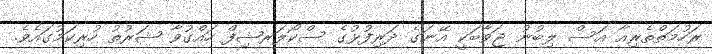
ރަހުމަތްތެރިއާ އަސް ލިބުނު ޖަވާބަކީ އޭނަގެ ދަރިފުުޅުގެ ސްކޯލަރޝިފް ހައްގުވާ ޝަރުތު ހުރިކަމުގައެވެ.